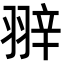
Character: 𦐹